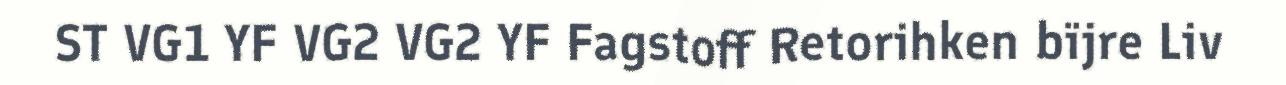
ST VG1 YF VG2 VG2 YF Fagstoff Retorihken bïjre Liv